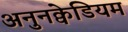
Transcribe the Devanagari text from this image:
अनुनक्वेडियम